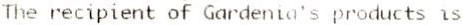
THE RECIPIENT OF GARDENIA'S PRODUCTS IS